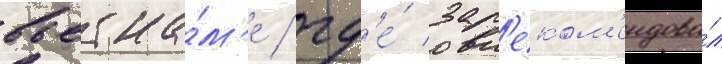
вьетна́м'е / гд'е́ зар'еком'ендова́л